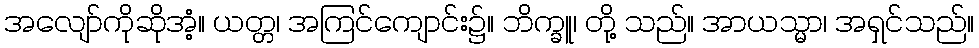
အလျော်ကိုဆိုအံ့။ ယတ္တ၊ အကြင်ကျောင်း၌။ ဘိက္ခူ၊ တို့ သည်။ အာယသ္မာ၊ အရှင်သည်။